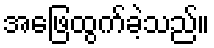
အဖြေထွက်ခဲ့သည်။